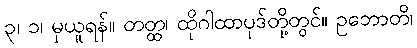
၃၊ ၁၊ မှယူရန်။ တတ္ထ၊ ထိုဂါထာပုဒ်တို့တွင်။ ဥဘောတိ၊